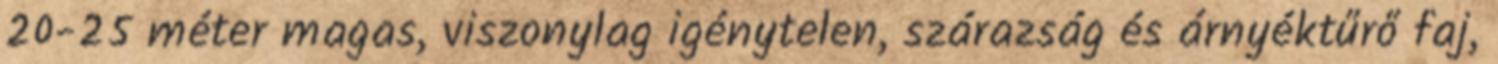
20-25 méter magas, viszonylag igénytelen, szárazság és árnyéktűrő faj,